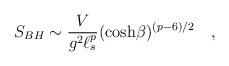
LaTeX: \begin{align*}S_{BH} \sim {\frac{V}{g^2\ell_s^p}} (\cosh\!\beta)^{(p-6)/2} \quad ,\end{align*}